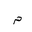
Letter: _mim